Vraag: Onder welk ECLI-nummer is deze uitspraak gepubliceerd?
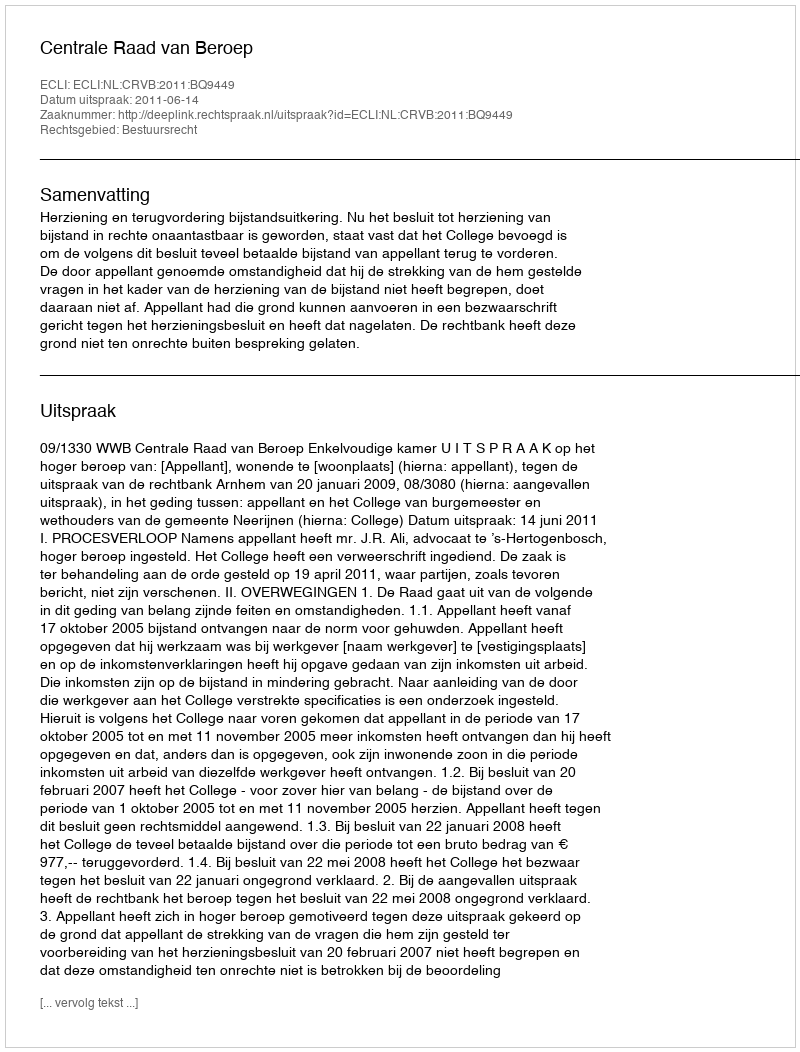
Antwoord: ECLI:NL:CRVB:2011:BQ9449